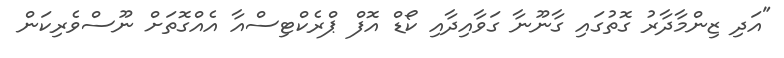
"އަދި ޒިންމާދާރު ގޮތުގައި ގާނޫނާ ގަވާއިދާއި ކޯޑް އޮފް ޕްރެކްޓިސްއާ އެއްގޮތަށް ނޫސްވެރިކަން